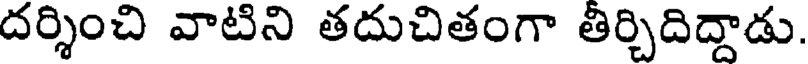
దర్శించి వాటిని తదుచితంగా తిర్చిదిద్దాడు.